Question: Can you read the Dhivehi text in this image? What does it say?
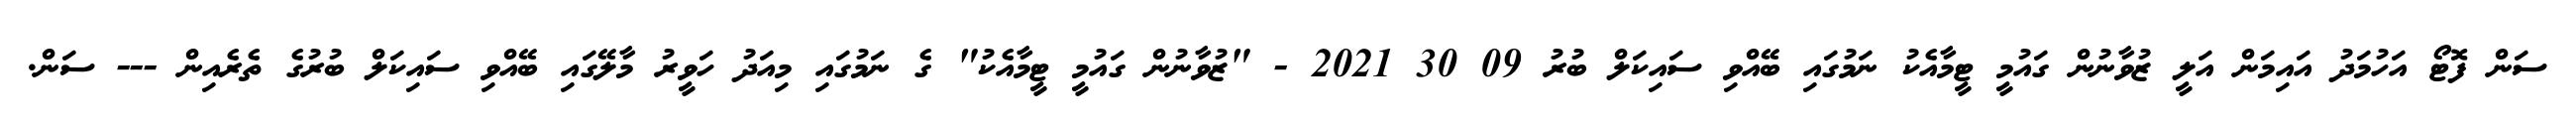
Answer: ސަން ފޮޓޯ އަހުމަދު އައިމަން އަލީ ޒުވާނުން ގައުމީ ޓީމާއެކު ނަމުގައި ބޭއްވި ސައިކަލް ބުރު 09 30 2021 - "ޒުވާނުން ގައުމީ ޓީމާއެކު" ގެ ނަމުގައި މިއަދު ހަވީރު މާލޭގައި ބޭއްވި ސައިކަލް ބުރުގެ ތެރެއިން --- ސަން.